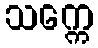
သက္ကေ